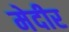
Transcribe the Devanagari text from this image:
मेदीर